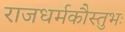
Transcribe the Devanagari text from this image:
राजधर्मकौस्तुभः